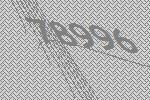
78996